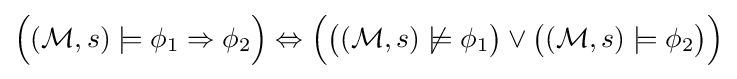
{\Big (}({\mathcal {M}},s)\models \phi _{1}\Rightarrow \phi _{2}{\Big )}\Leftrightarrow {\Big (}{\big (}({\mathcal {M}},s)\not \models \phi _{1}{\big )}\lor {\big (}({\mathcal {M}},s)\models \phi _{2}{\big )}{\Big )}